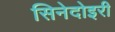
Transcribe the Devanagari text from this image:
सिनेदोइरी